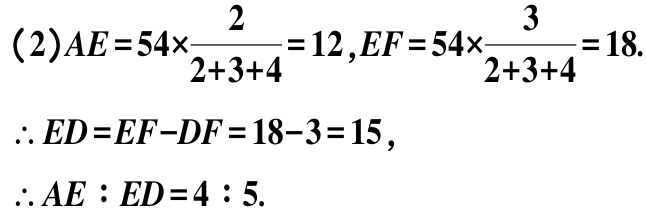
\((2)AE = 54\times\frac{2}{2 + 3 + 4}=12,EF = 54\times\frac{3}{2 + 3 + 4}=18.\)

\(\therefore ED = EF - DF = 18 - 3 = 15,\)

\(\therefore AE:ED = 4:5.\)